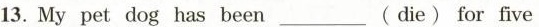
13. My pet dog has been ___ (die) for five